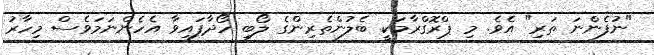
"ނުފެންނަ ތަރި" އެވެ. މި ޕްރޮގްރާމަކީ ބެލުންތެރިންގެ ލޯބި ހޯދާފައިވާ އެހެންނަމަވެސް މިހާރު